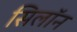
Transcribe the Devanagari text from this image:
सिलॉन